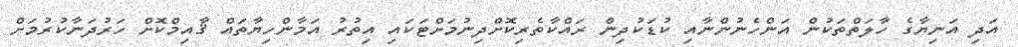
އަދި އަނިޔާގެ ހާލަތްތަކުން އަންހެނުންނާއި ކުޑަކުދިން ރައްކާތެރިކޮށްދިނުމަށްޓަކައި އިތުރު އަމާންހިޔާތައް ޤާއިމްކޮށް ހަރުދަނާކުރުމަށް